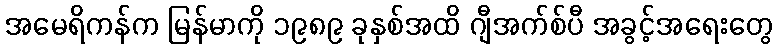
အမေရိကန်က မြန်မာကို ၁၉၈၉ ခုနှစ်အထိ ဂျီအက်စ်ပီ အခွင့်အရေးတွေ